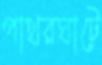
পাথরঘাটে